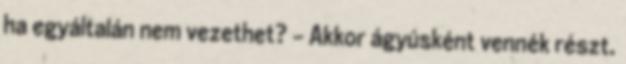
ha egyáltalán nem vezethet? - Akkor ágyúsként vennék részt.